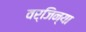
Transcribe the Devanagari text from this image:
वर्जिन्या